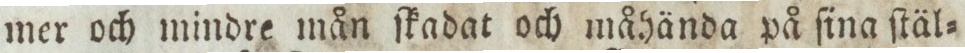
mer och mindre mån ſkadat och måhända på ſina ſtäl=